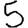
Digit: 5